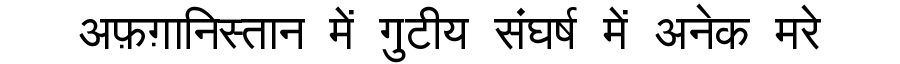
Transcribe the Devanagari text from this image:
अफ़ग़ानिस्तान में गुटीय संघर्ष में अनेक मरे